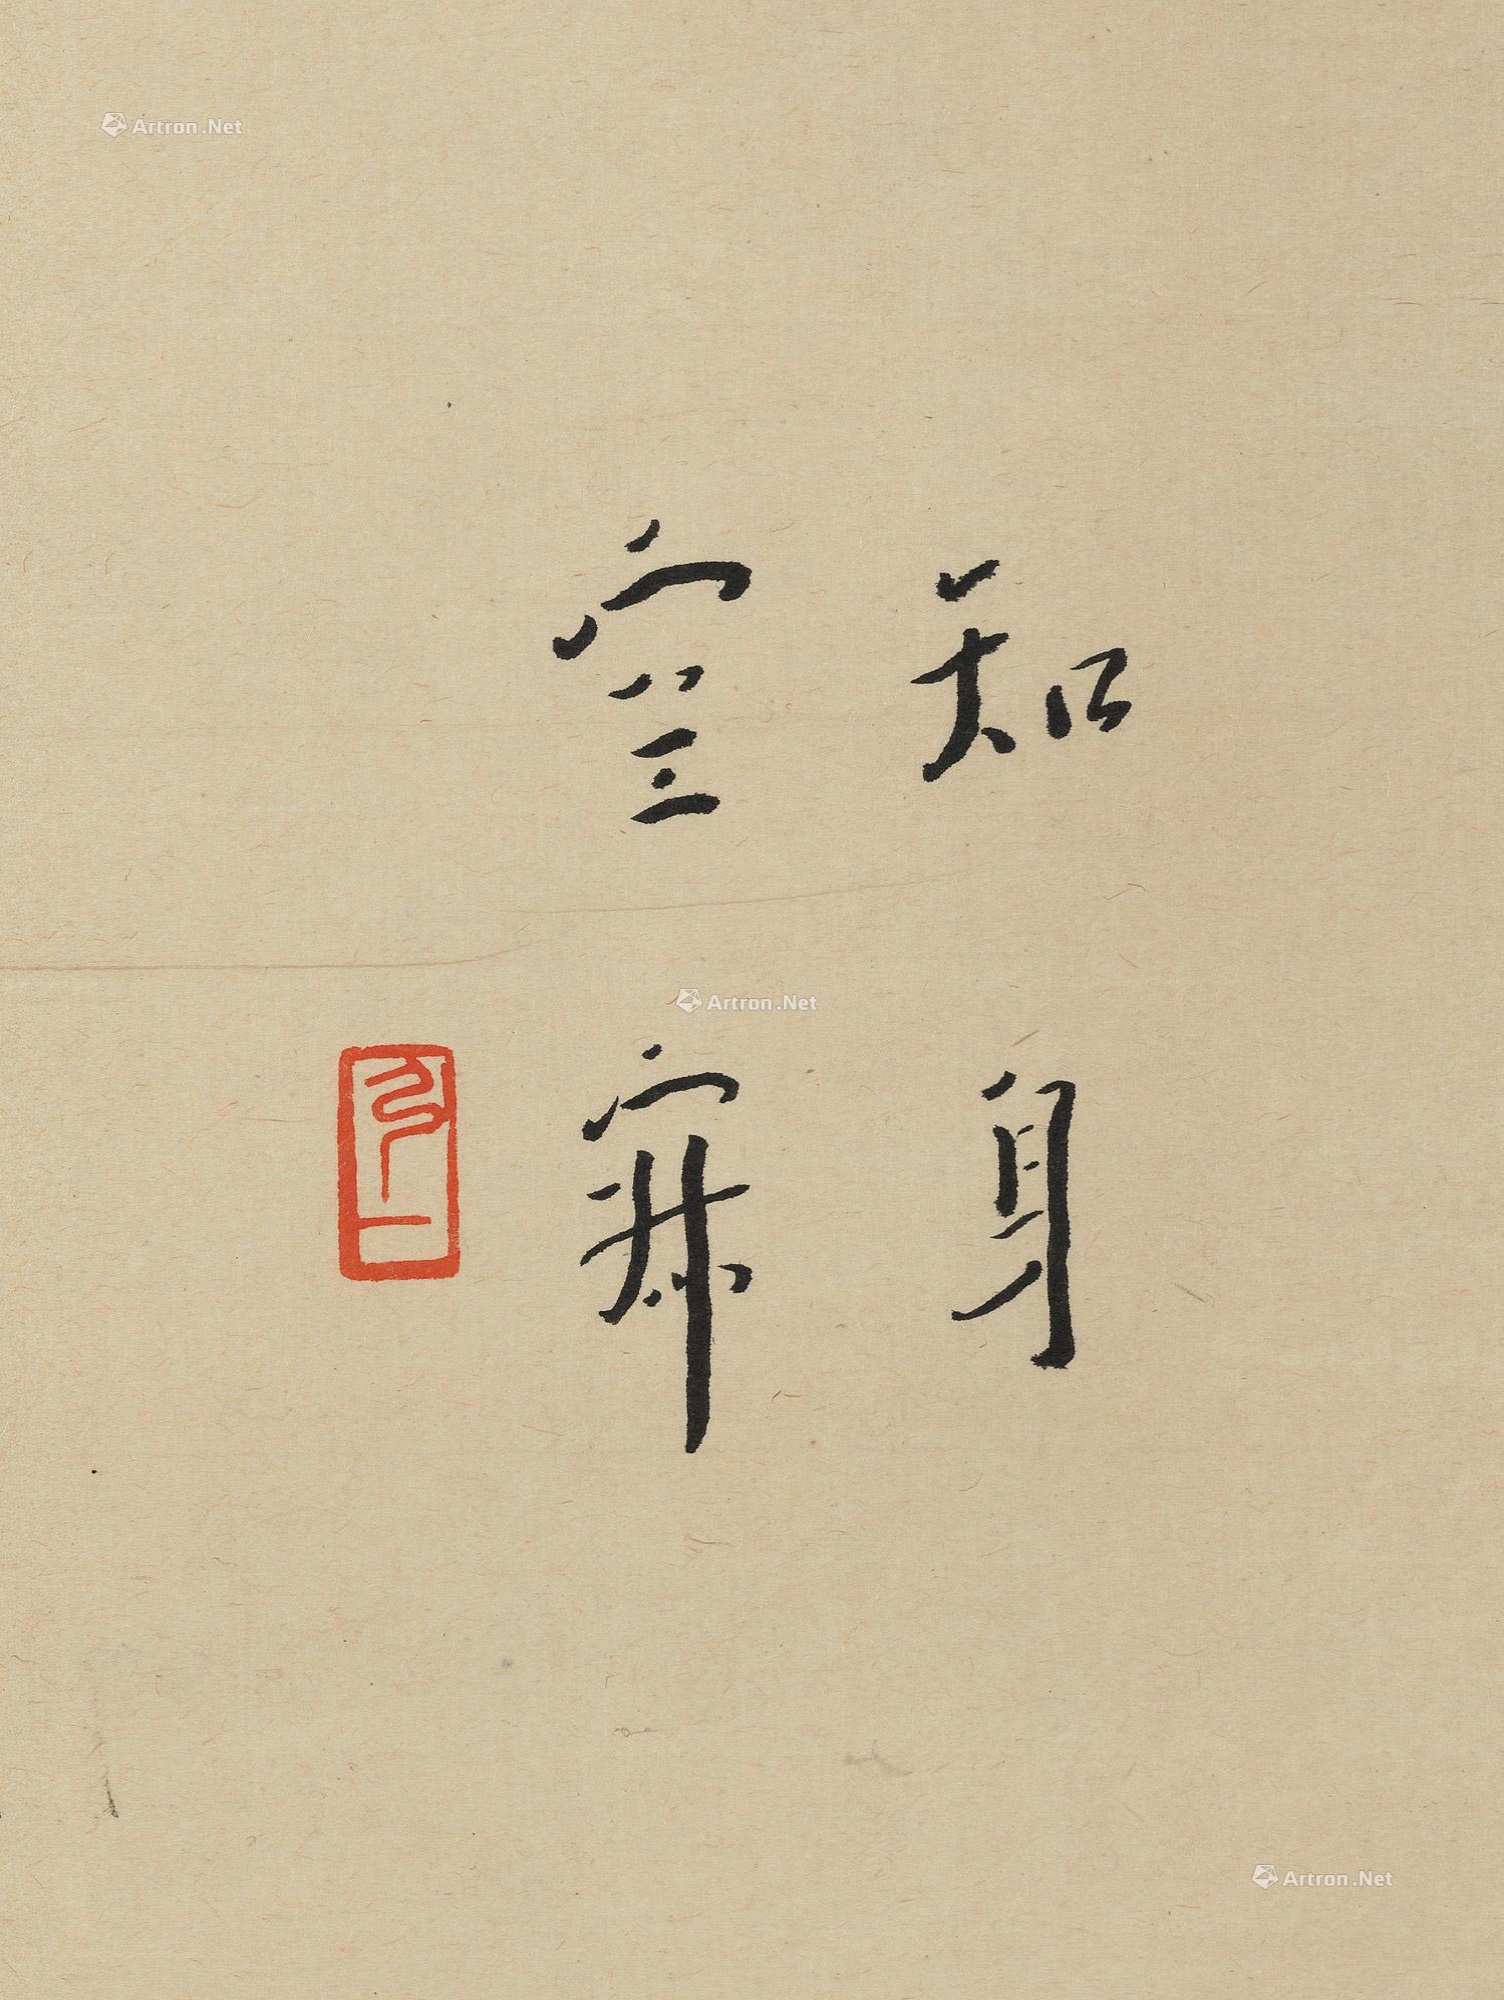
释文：知身空寂。